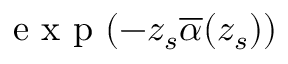
\mathrm { ~ e ~ x ~ p ~ } ( - z _ { s } \overline { { \alpha } } ( z _ { s } ) )